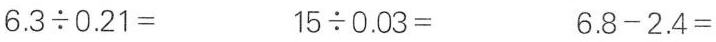
$$6 . 3 {\div} 0 . 2 1 =$$ $$1 5 {\div} 0 . 0 3 =$$ $$6 . 8 - 2 . 4 =$$